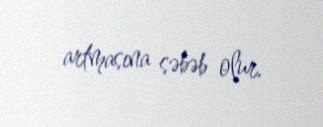
artmasına səbəb olur.